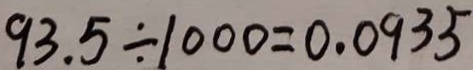
9 3 . 5 \div 1 0 0 0 = 0 . 0 9 3 5